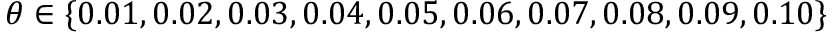
\theta \in \{ 0 . 0 1 , 0 . 0 2 , 0 . 0 3 , 0 . 0 4 , 0 . 0 5 , 0 . 0 6 , 0 . 0 7 , 0 . 0 8 , 0 . 0 9 , 0 . 1 0 \}